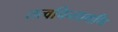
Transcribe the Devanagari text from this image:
तत्वचिन्तामणि